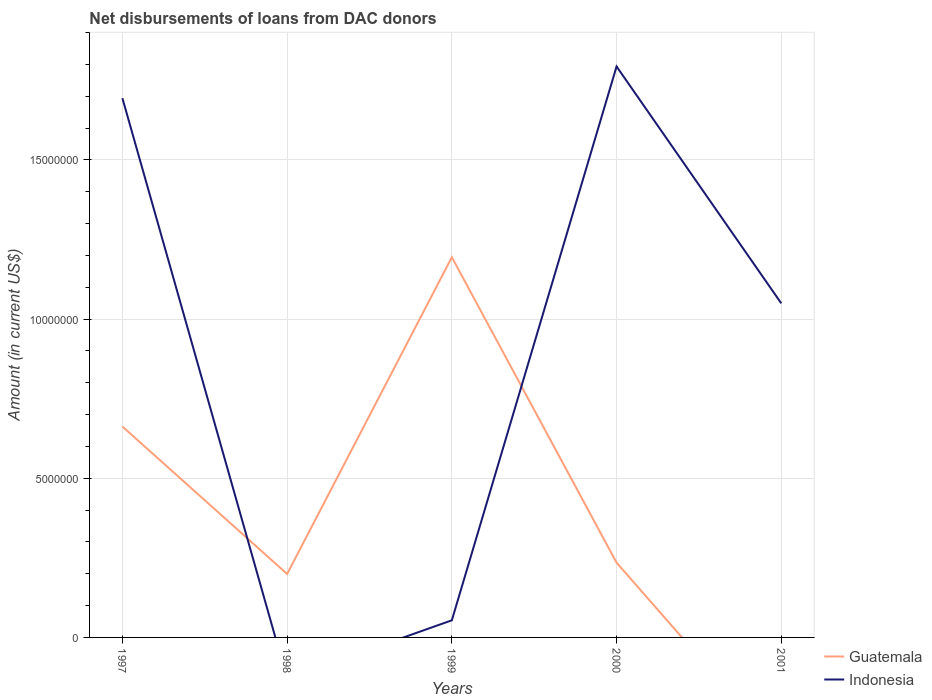
| Years | Guatemala | Indonesia |
 | --- | --- | --- |
 | 1997 | 6.62e+06 | 1.69e+07 |
 | 1998 | 1.99e+06 | -1.3e+06 |
 | 1999 | 1.19e+07 | 5.38e+05 |
 | 2000 | 2.35e+06 | 1.79e+07 |
 | 2001 | -3.56e+06 | 1.05e+07 |